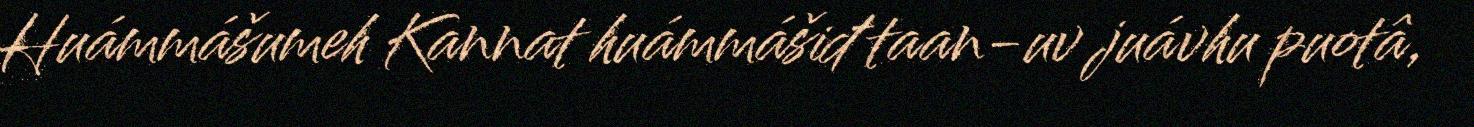
Huámmášumeh Kannat huámmášiđ taan-uv juávhu puotâ,